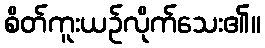
စိတ်ကူးယဉ်လိုက်သေး၏။